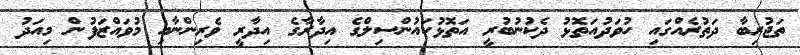
ތަޖުރިބާ ދަތުރެއްގައި ހުވަދުއަތޮޅު ދެކުނުބުރީ އަތޮޅުކައުންސިލްގެ އިދާރާގެ އިދާރީ ވެރިންނާއި މުވައްޒަފުން މިއަދު